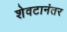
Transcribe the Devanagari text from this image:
शेवटानंतर